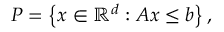
P = \left\{ x \in \mathbb { R } ^ { d } : A x \leq b \right\} ,